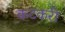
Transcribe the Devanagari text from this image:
कटकरी